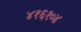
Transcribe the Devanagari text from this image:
४१६१०४